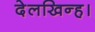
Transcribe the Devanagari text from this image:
देलखिन्ह।